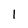
Character: l